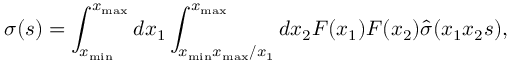
\displaystyle \sigma ( s ) = \int _ { x _ { \mathrm { m i n } } } ^ { x _ { \mathrm { m a x } } } d x _ { 1 } \int _ { x _ { \mathrm { m i n } } x _ { \mathrm { m a x } } / x _ { 1 } } ^ { x _ { \mathrm { m a x } } } d x _ { 2 } F ( x _ { 1 } ) F ( x _ { 2 } ) \hat { \sigma } ( x _ { 1 } x _ { 2 } s ) ,